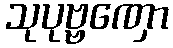
သုပုဗ္ဗဏှော